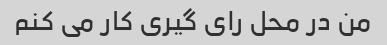
من در محل رای گیری کار می کنم